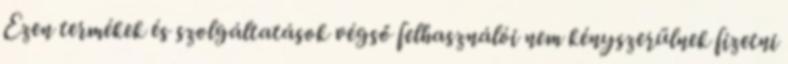
Ezen termékek és szolgáltatások végső felhasználói nem kényszerülnek fizetni